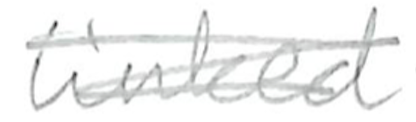
Text: linked
Cross-out: mix
Writing tool: pencil